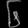
Digit: ၆